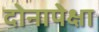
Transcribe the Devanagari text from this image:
दोनापेक्षा